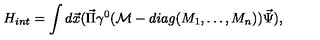
H _ { i n t } = \int d \vec { x } ( \vec { \Pi } \gamma ^ { 0 } ( { \cal M } - d i a g ( M _ { 1 } , \ldots , M _ { n } ) ) \vec { \Psi } ) ,